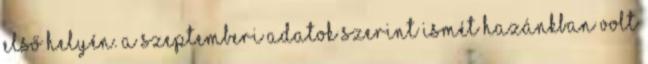
első helyén. A szeptemberi adatok szerint ismét hazánkban volt